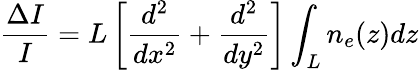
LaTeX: \frac{\Delta I}{I}=L\left[\frac{d^{2}}{dx^{2}}+\frac{d^{2}}{dy^{2}}\right]\int_{L}n_{e}(z)dz